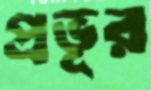
প্রভূর